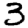
Digit: 3